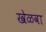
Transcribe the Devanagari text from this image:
खेळवा